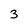
Character: 3